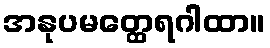
အနုပမတ္ထေရဂါထာ။